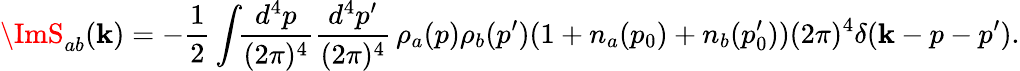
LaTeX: \ImS_{ab}(\mathbf{k})=-\frac{1}{2}\int\! \! \frac{{d^{4}p}}{{(2\pi)^{4}}}\frac{{d^{4}p^{\prime}}}{{(2\pi)^{4}}}\, \rho_{a}(p)\rho_{b}(p^{\prime})(1+n_{a}(p_{0})+n_{b}(p_{0}^{\prime}))(2\pi)^{4}\delta(\mathbf{k}-p-p^{\prime}).